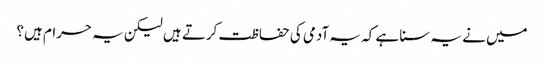
میں نے یہ سنا ہے کہ یہ آدمی کی حفاظت کرتے ہیں لیکن یہ حرام ہیں؟